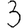
Digit: 3